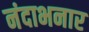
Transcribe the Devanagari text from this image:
नंदाभनार